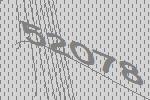
52078